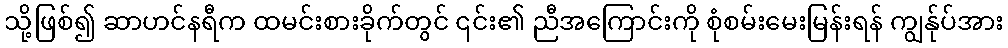
သို့ဖြစ်၍ ဆာဟင်နရီက ထမင်းစားခိုက်တွင် ၎င်း၏ ညီအကြောင်းကို စုံစမ်းမေးမြန်းရန် ကျွန်ုပ်အား